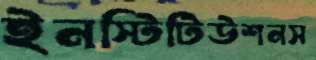
ইনস্টিটিউশনস